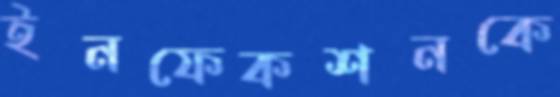
ইনফেকশনকে